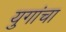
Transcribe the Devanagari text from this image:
युगांचा